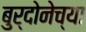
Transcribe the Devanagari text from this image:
बुर्दोनेच्या